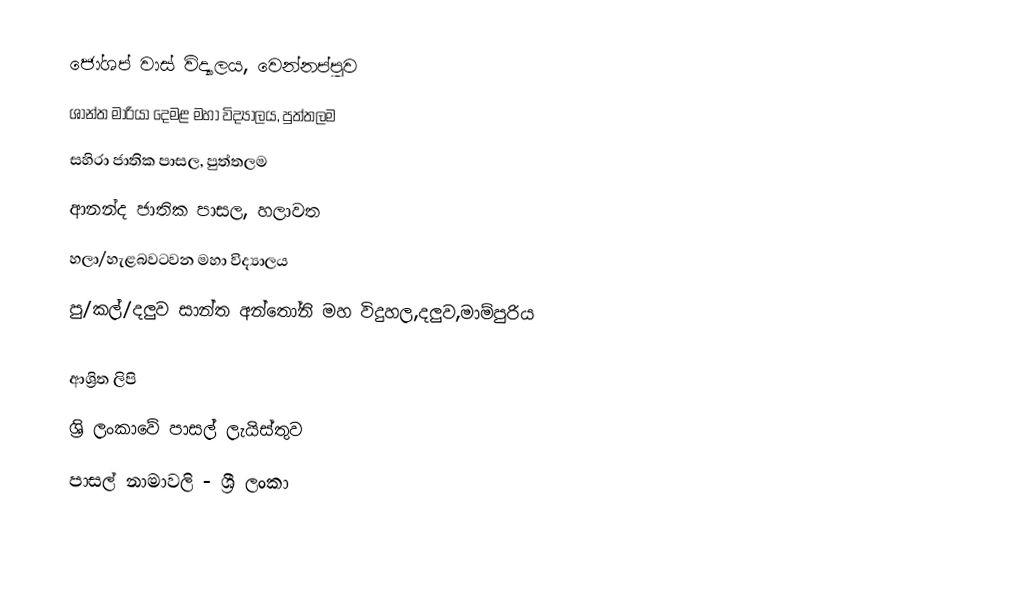
ජෝශප් වාස් විද්‍යාලය, වෙන්නප්පුව
 ශාන්ත මාරියා දෙමළ මහා විද්‍යාලය, පුත්තලම
 සහිරා ජාතික පාසල, පුත්තලම
 ආනන්ද ජාතික පාසල, හලාවත
හලා/හැළබවටවන මහා විද්‍යාලය
 පු/කල්/දලුව සාන්ත අන්තෝනි මහ විදුහල,දලුව,මාම්පුරිය

ආශ්‍රිත ලිපි
ශ්‍රි ලංකාවේ පාසල් ලැයිස්තුව
පාසල් නාමාවලි - ශ්‍රී ලංකා